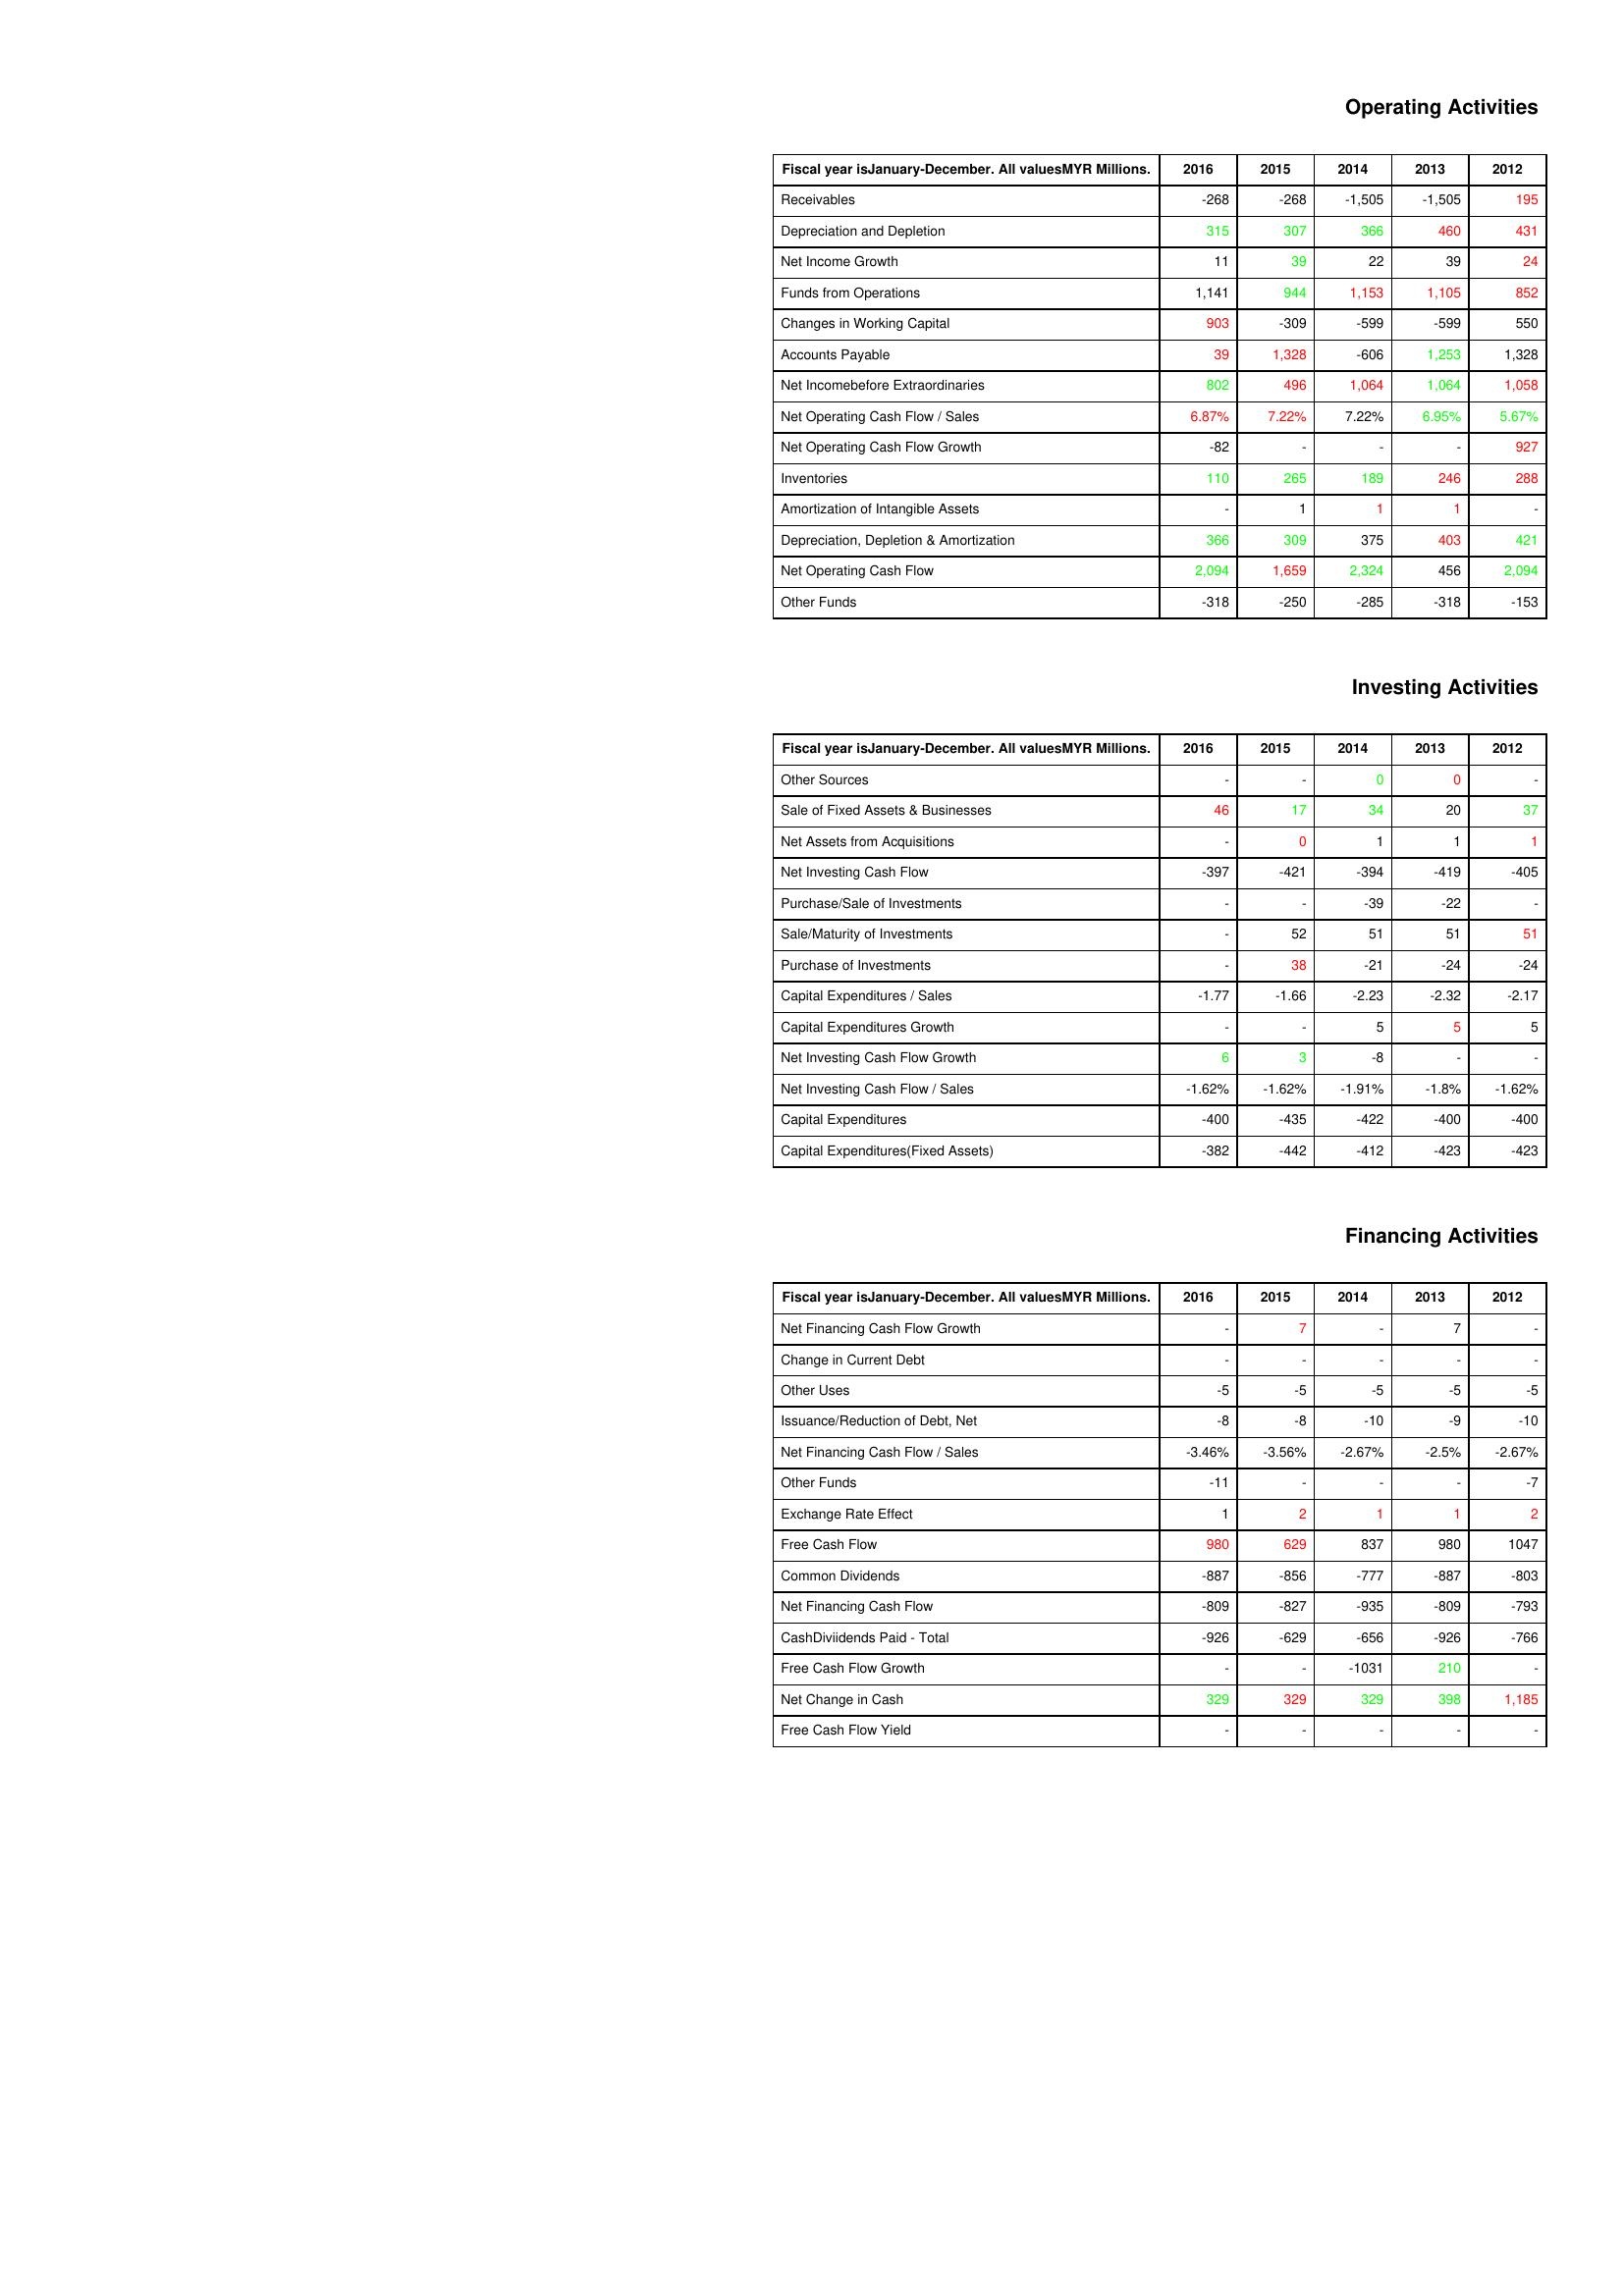
gt_parse: 2016: Operating Activities: Receivables: -268
Depreciation and Depletion: 315
Net Income Growth: 11
Funds from Operations: 1,141
Changes in Working Capital: 903
Accounts Payable: 39
Net Incomebefore Extraordinaries: 802
Net Operating Cash Flow / Sales: 6.87%
Net Operating Cash Flow Growth: -82
Inventories: 110
Amortization of Intangible Assets: -
Depreciation, Depletion & Amortization: 366
Net Operating Cash Flow: 2,094
Other Funds: -318
Investing Activities: Other Sources: -
Sale of Fixed Assets & Businesses: 46
Net Assets from Acquisitions: -
Net Investing Cash Flow: -397
Purchase/Sale of Investments: -
Sale/Maturity of Investments: -
Purchase of Investments: -
Capital Expenditures / Sales: -1.77
Capital Expenditures Growth: -
Net Investing Cash Flow Growth: 6
Net Investing Cash Flow / Sales: -1.62%
Capital Expenditures: -400
Capital Expenditures(Fixed Assets): -382
Financing Activities: Net Financing Cash Flow Growth: -
Change in Current Debt: -
Other Uses: -5
Issuance/Reduction of Debt, Net: -8
Net Financing Cash Flow / Sales: -3.46%
Other Funds: -11
Exchange Rate Effect: 1
Free Cash Flow: 980
Common Dividends: -887
Net Financing Cash Flow: -809
CashDiviidends Paid - Total: -926
Free Cash Flow Growth: -
Net Change in Cash: 329
Free Cash Flow Yield: -
2015: Operating Activities: Receivables: -268
Depreciation and Depletion: 307
Net Income Growth: 39
Funds from Operations: 944
Changes in Working Capital: -309
Accounts Payable: 1,328
Net Incomebefore Extraordinaries: 496
Net Operating Cash Flow / Sales: 7.22%
Net Operating Cash Flow Growth: -
Inventories: 265
Amortization of Intangible Assets: 1
Depreciation, Depletion & Amortization: 309
Net Operating Cash Flow: 1,659
Other Funds: -250
Investing Activities: Other Sources: -
Sale of Fixed Assets & Businesses: 17
Net Assets from Acquisitions: 0
Net Investing Cash Flow: -421
Purchase/Sale of Investments: -
Sale/Maturity of Investments: 52
Purchase of Investments: 38
Capital Expenditures / Sales: -1.66
Capital Expenditures Growth: -
Net Investing Cash Flow Growth: 3
Net Investing Cash Flow / Sales: -1.62%
Capital Expenditures: -435
Capital Expenditures(Fixed Assets): -442
Financing Activities: Net Financing Cash Flow Growth: 7
Change in Current Debt: -
Other Uses: -5
Issuance/Reduction of Debt, Net: -8
Net Financing Cash Flow / Sales: -3.56%
Other Funds: -
Exchange Rate Effect: 2
Free Cash Flow: 629
Common Dividends: -856
Net Financing Cash Flow: -827
CashDiviidends Paid - Total: -629
Free Cash Flow Growth: -
Net Change in Cash: 329
Free Cash Flow Yield: -
2014: Operating Activities: Receivables: -1,505
Depreciation and Depletion: 366
Net Income Growth: 22
Funds from Operations: 1,153
Changes in Working Capital: -599
Accounts Payable: -606
Net Incomebefore Extraordinaries: 1,064
Net Operating Cash Flow / Sales: 7.22%
Net Operating Cash Flow Growth: -
Inventories: 189
Amortization of Intangible Assets: 1
Depreciation, Depletion & Amortization: 375
Net Operating Cash Flow: 2,324
Other Funds: -285
Investing Activities: Other Sources: 0
Sale of Fixed Assets & Businesses: 34
Net Assets from Acquisitions: 1
Net Investing Cash Flow: -394
Purchase/Sale of Investments: -39
Sale/Maturity of Investments: 51
Purchase of Investments: -21
Capital Expenditures / Sales: -2.23
Capital Expenditures Growth: 5
Net Investing Cash Flow Growth: -8
Net Investing Cash Flow / Sales: -1.91%
Capital Expenditures: -422
Capital Expenditures(Fixed Assets): -412
Financing Activities: Net Financing Cash Flow Growth: -
Change in Current Debt: -
Other Uses: -5
Issuance/Reduction of Debt, Net: -10
Net Financing Cash Flow / Sales: -2.67%
Other Funds: -
Exchange Rate Effect: 1
Free Cash Flow: 837
Common Dividends: -777
Net Financing Cash Flow: -935
CashDiviidends Paid - Total: -656
Free Cash Flow Growth: -1031
Net Change in Cash: 329
Free Cash Flow Yield: -
2013: Operating Activities: Receivables: -1,505
Depreciation and Depletion: 460
Net Income Growth: 39
Funds from Operations: 1,105
Changes in Working Capital: -599
Accounts Payable: 1,253
Net Incomebefore Extraordinaries: 1,064
Net Operating Cash Flow / Sales: 6.95%
Net Operating Cash Flow Growth: -
Inventories: 246
Amortization of Intangible Assets: 1
Depreciation, Depletion & Amortization: 403
Net Operating Cash Flow: 456
Other Funds: -318
Investing Activities: Other Sources: 0
Sale of Fixed Assets & Businesses: 20
Net Assets from Acquisitions: 1
Net Investing Cash Flow: -419
Purchase/Sale of Investments: -22
Sale/Maturity of Investments: 51
Purchase of Investments: -24
Capital Expenditures / Sales: -2.32
Capital Expenditures Growth: 5
Net Investing Cash Flow Growth: -
Net Investing Cash Flow / Sales: -1.8%
Capital Expenditures: -400
Capital Expenditures(Fixed Assets): -423
Financing Activities: Net Financing Cash Flow Growth: 7
Change in Current Debt: -
Other Uses: -5
Issuance/Reduction of Debt, Net: -9
Net Financing Cash Flow / Sales: -2.5%
Other Funds: -
Exchange Rate Effect: 1
Free Cash Flow: 980
Common Dividends: -887
Net Financing Cash Flow: -809
CashDiviidends Paid - Total: -926
Free Cash Flow Growth: 210
Net Change in Cash: 398
Free Cash Flow Yield: -
2012: Operating Activities: Receivables: 195
Depreciation and Depletion: 431
Net Income Growth: 24
Funds from Operations: 852
Changes in Working Capital: 550
Accounts Payable: 1,328
Net Incomebefore Extraordinaries: 1,058
Net Operating Cash Flow / Sales: 5.67%
Net Operating Cash Flow Growth: 927
Inventories: 288
Amortization of Intangible Assets: -
Depreciation, Depletion & Amortization: 421
Net Operating Cash Flow: 2,094
Other Funds: -153
Investing Activities: Other Sources: -
Sale of Fixed Assets & Businesses: 37
Net Assets from Acquisitions: 1
Net Investing Cash Flow: -405
Purchase/Sale of Investments: -
Sale/Maturity of Investments: 51
Purchase of Investments: -24
Capital Expenditures / Sales: -2.17
Capital Expenditures Growth: 5
Net Investing Cash Flow Growth: -
Net Investing Cash Flow / Sales: -1.62%
Capital Expenditures: -400
Capital Expenditures(Fixed Assets): -423
Financing Activities: Net Financing Cash Flow Growth: -
Change in Current Debt: -
Other Uses: -5
Issuance/Reduction of Debt, Net: -10
Net Financing Cash Flow / Sales: -2.67%
Other Funds: -7
Exchange Rate Effect: 2
Free Cash Flow: 1047
Common Dividends: -803
Net Financing Cash Flow: -793
CashDiviidends Paid - Total: -766
Free Cash Flow Growth: -
Net Change in Cash: 1,185
Free Cash Flow Yield: -